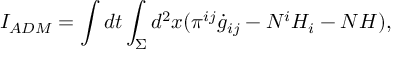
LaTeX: I _ { A D M } = \int d t \int _ { \Sigma } d ^ { 2 } x ( \pi ^ { i j } \dot { g } _ { i j } - N ^ { i } { \cal H } _ { i } - N { \cal H } ) ,